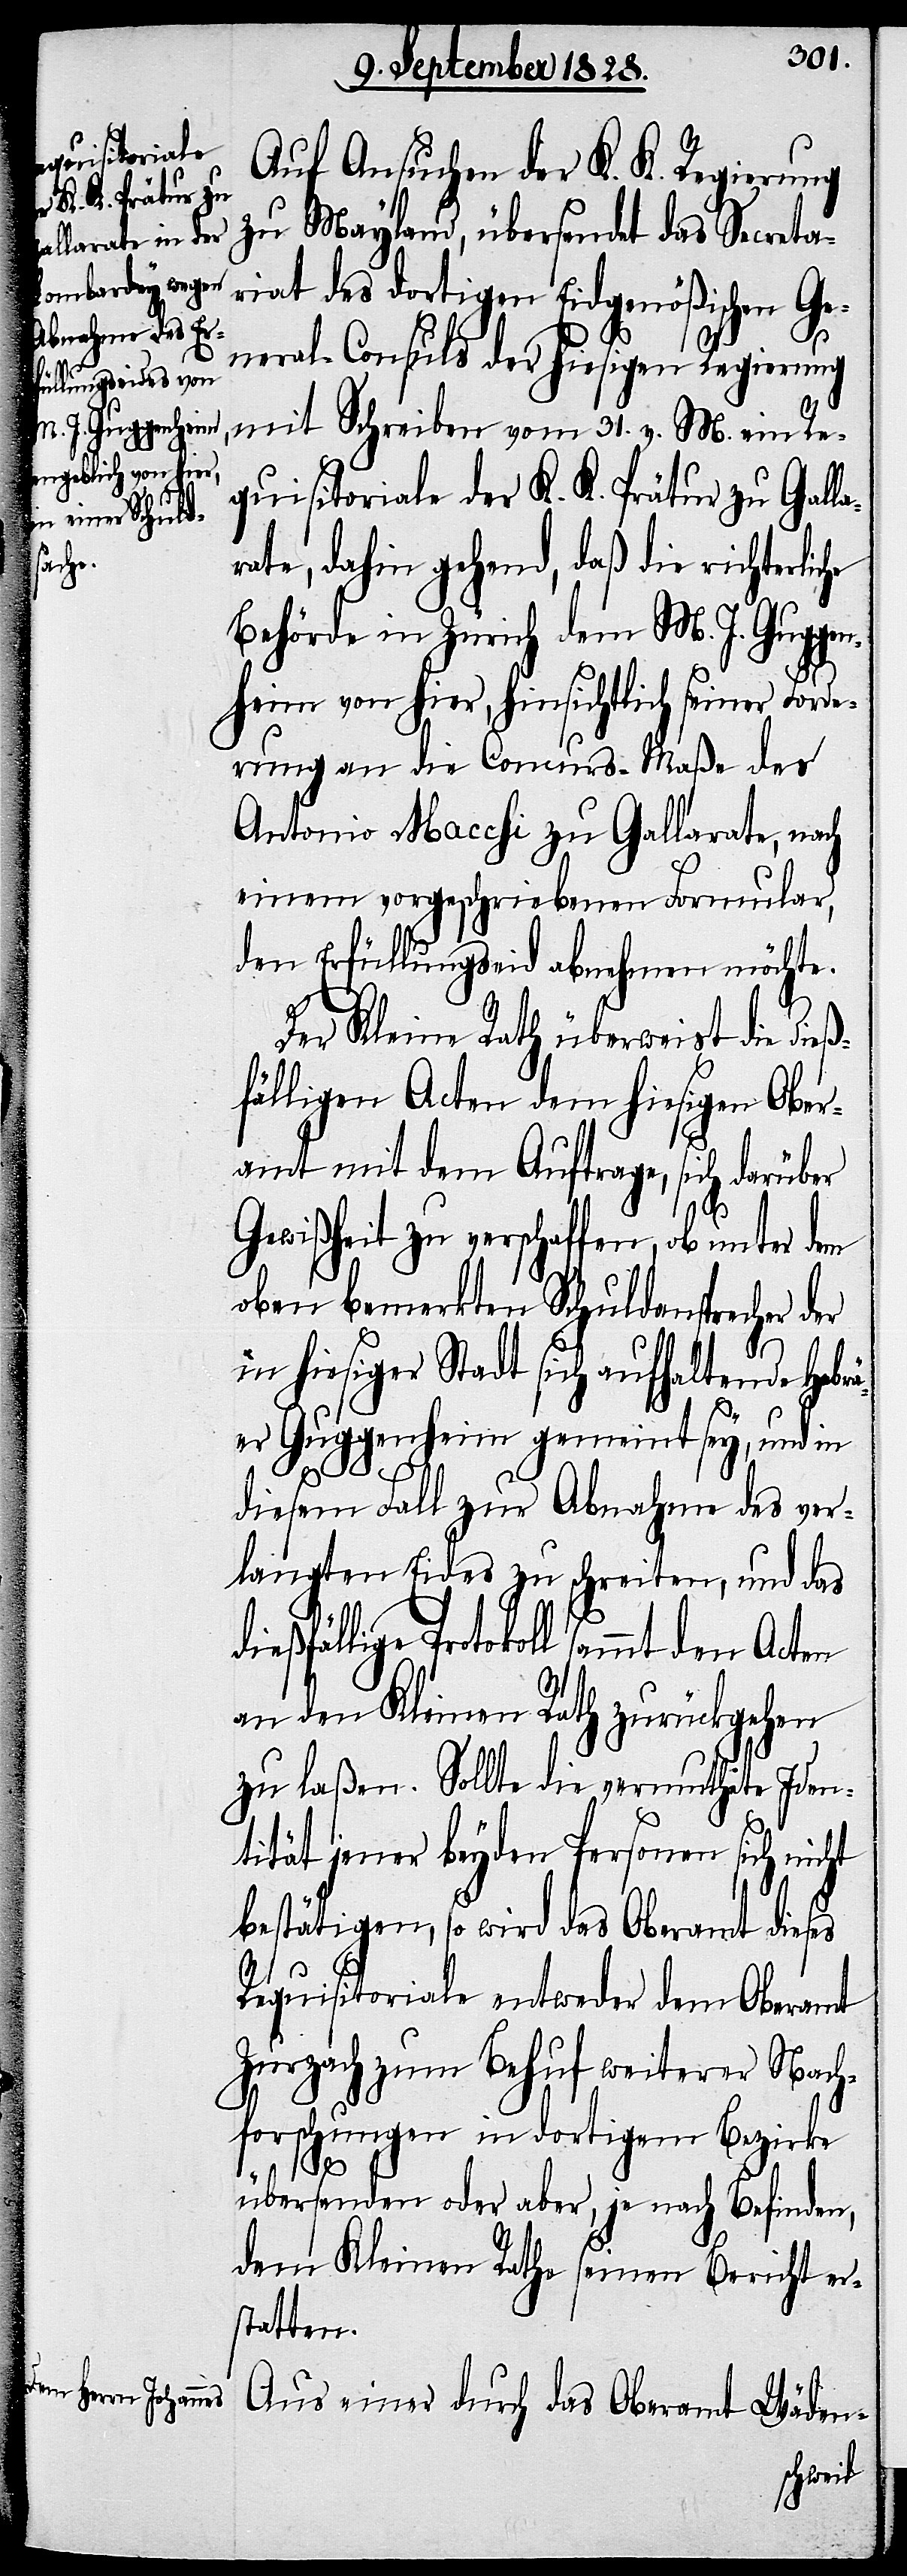
Auf Ansuchen der K. K. Regierung
zu Mayland, übersendet das Secreta¬
riat des dortigen Eidgenößischen Ge¬
neral-Consuls der hiesigen Regierung
mit Schreiben vom 31. v. M. ein Re¬
quisitoriale der K. K. Prätur zu Galla¬
rate, dahin gehend, daß die richterlic¬
Behörde in Zürich dem M. J. Gugge¬
nheim von hier, hinsichtlich seiner Forde¬
rung an die Concurs-Maße des
Antonio Macchi zu Gallarate, nach
einem vorgeschriebenen Formular,
den Erfüllungseid abnehmen möchte.
Der Kleine Rath überweist die dieß¬
fälligen Acten dem hiesigen Ober¬
amt mit dem Auftrage, sich darüber
Gewißheit zu verschaffen, ob unter dem
oben bemerkten Schuldansprecher der
in hiesiger Stadt sich aufhaltende Hebrä¬
er Guggenheim gemeint sey, und in
he
diesem Fall zur Abnahme des ver¬
langten Eides zu schreiten, und das
Protokoll sammt den Acten
an den Kleinen Rath zurückgehen
zu laßen. Sollte die vermuthete Iden¬
tität jener beyden Personen sich nicht
bestätigen, so wird das Oberamt dieses
Requisitoriale entweder dem Oberamt
Zurzach zum Behuf weiterer Nach¬
forschungen in dortigem Bezirke
übersenden oder aber, je nach Befinden,
dem Kleinen Rathe seinen Bericht er¬
statten.
Aus einer durch das Oberamt Wäden-